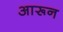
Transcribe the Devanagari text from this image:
आरून